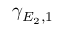
\gamma _ { E _ { 2 } , 1 }